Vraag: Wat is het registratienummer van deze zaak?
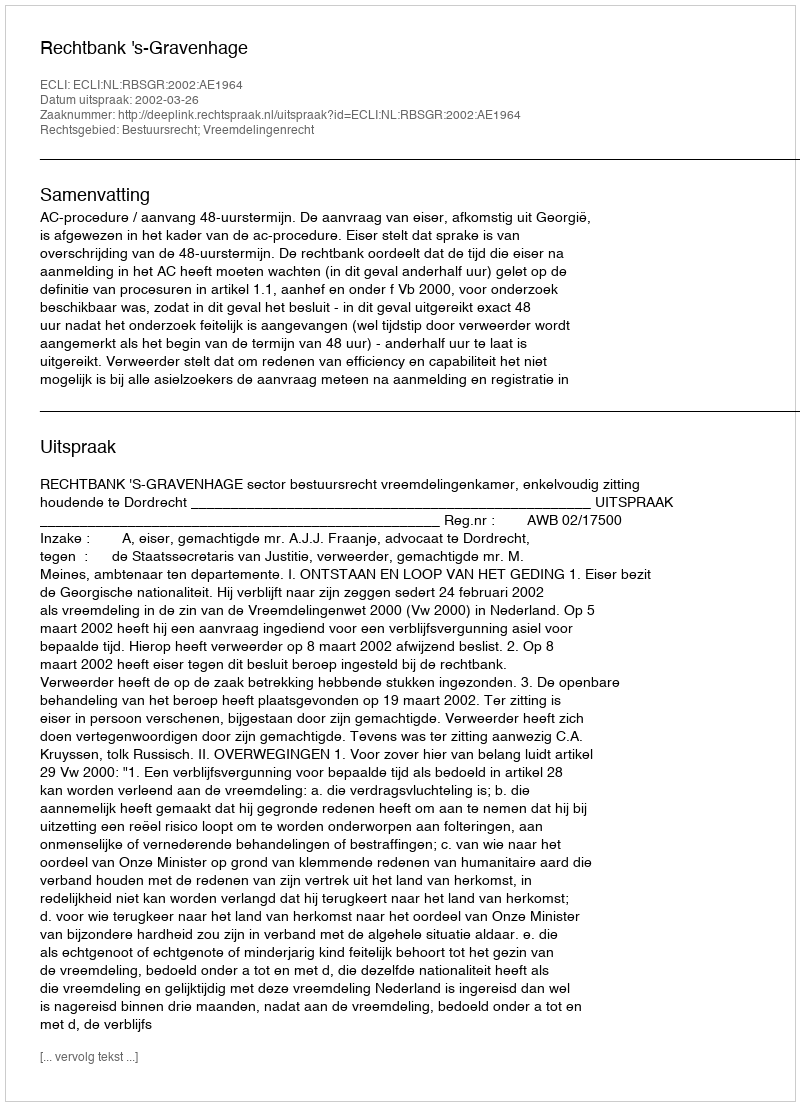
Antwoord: http://deeplink.rechtspraak.nl/uitspraak?id=ECLI:NL:RBSGR:2002:AE1964